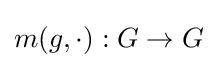
m(g,\cdot ):G\to G